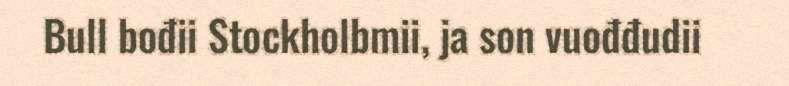
Bull bođii Stockholbmii, ja son vuođđudii